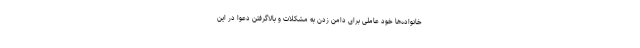
خانواده‌ها خود عاملی برای دامن زدن به مشکلات و بالاگرفتن دعوا در این